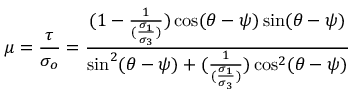
\mu = \frac { \tau } { \sigma _ { o } } = \frac { ( 1 - \frac { 1 } { ( \frac { \sigma _ { 1 } } { \sigma _ { 3 } } ) } ) \cos ( \theta - \psi ) \sin ( \theta - \psi ) } { \sin ^ { 2 } ( \theta - \psi ) + ( \frac { 1 } { ( \frac { \sigma _ { 1 } } { \sigma _ { 3 } } ) } ) \cos ^ { 2 } ( \theta - \psi ) }